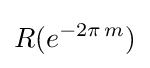
R(e^{-2\pi \,m})